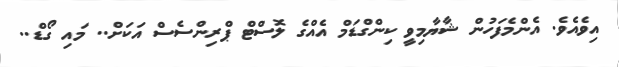
އިވެއެވެ. އެންމެފަހުން ޝާޔާމިވީ ކިންގްޑަމް އެއްގެ ލޮސްޓް ޕްރިންސެސް އަކަށް.. މައި ގޯޑް..